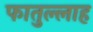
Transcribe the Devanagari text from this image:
फातुल्लाह